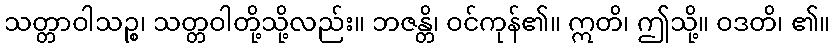
သတ္တာဝါသဉ္စ၊ သတ္တဝါတို့သို့လည်း။ ဘဇန္တိ၊ ဝင်ကုန်၏။ ဣတိ၊ ဤသို့။ ဝဒတိ၊ ၏။